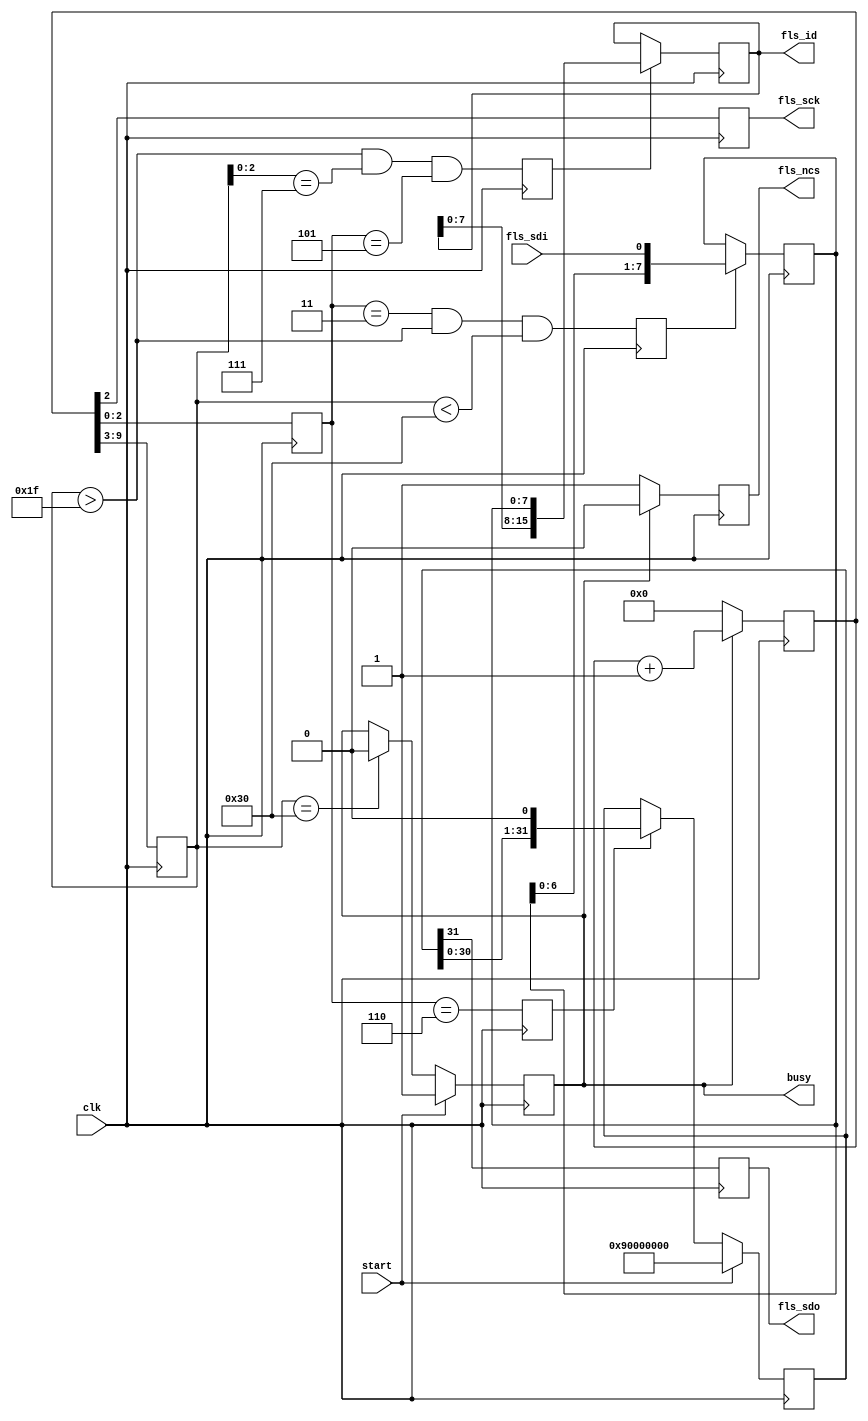
// This program was cloned from: https://github.com/verimake-team/SparkRoad-V
// License: MIT License

`timescale 1ns / 1ps
//////////////////////////////////////////////////////////////////////////////////
// Company: 
// Engineer: 
// 
// Design Name: 
// Module Name: flash_id
// Project Name: 
// Target Devices: 
// Tool Versions: 
// Description: 
// 
// Dependencies: 
// 
// Revision:
// Revision 0.01 - File Created
// Additional Comments:
// (* mark_debug="true" *)
//////////////////////////////////////////////////////////////////////////////////

module flash_id
(
    input   wire        clk,
    
    // SPI
    output  reg         fls_sck,
    output  reg         fls_ncs,
    output  reg         fls_sdo,
    input   wire        fls_sdi,

    input   wire        start,
    output  reg [15:0]  fls_id,
    output  reg         busy
);

reg [9:0] cnt;
reg [6:0] cycle_cnt; 
reg [2:0] phase_cnt;
reg [31:0] tx_reg;
reg [7:0] rx_reg;
reg sft_wen;
reg sft_ren;
reg byte_flag;

initial
begin
    cnt = 0;
    tx_reg = 0;
    rx_reg = 0;
    busy = 0;
end

// 
always@(posedge clk)
begin
    if(busy)
        cnt <= cnt + 1;
    else
        cnt <= 0;
end

// 
always@(posedge clk)
begin
    cycle_cnt <= cnt[9:3];
end

// 
always@(posedge clk)
begin
    phase_cnt <= cnt[2:0];
end

// SPI
always@(posedge clk)
begin
    fls_sck <= cnt[2];
end

// SPI
always@(posedge clk)
begin
    if(busy)
        fls_ncs <= 0;
    else
        fls_ncs <= 1;
end

// 
always@(posedge clk)
begin
    if(start)
        tx_reg <= {8'h90,8'h00,8'h00,8'h00}; // ID
    else if(sft_wen)
        tx_reg <= {tx_reg[30:0],1'b0};
end

// (sck).
always@(posedge clk)
begin
    sft_wen <= (phase_cnt == 6);
end

// (sck).
always@(posedge clk)
begin
    sft_ren <= (phase_cnt == 3) && (cycle_cnt > 31) && (cycle_cnt < 48);
end

// 1byte
always@(posedge clk)
begin
    byte_flag <= (cycle_cnt > 31) && (cycle_cnt[2:0] == 7) && (phase_cnt == 5);
end

// sdo
always@(posedge clk)
begin
    fls_sdo <= tx_reg[31];
end

// sdi
always@(posedge clk)
begin
    if(sft_ren)
        rx_reg <= {rx_reg[6:0],fls_sdi};
end

// flash id
always@(posedge clk)
begin
    if(byte_flag)
        fls_id <= {fls_id[7:0],rx_reg};
end

// busy
always@(posedge clk)
begin
    if(start)
        busy <= 1;
    else if(cycle_cnt == 48)
        busy <= 0;
end

endmodule